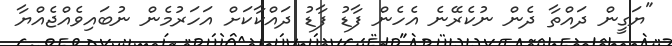
"ޔަގީން ދައްތާ ދެން ނުކެރޭނެ އެހެން ފާޑު ފާޑު ދައްކާކަށް އަހަރުމެން ނުބައިވެއްޖެއްޔާ